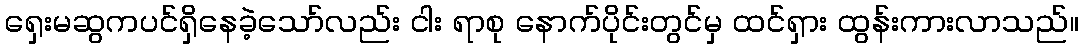
ရှေးမဆွကပင်ရှိနေခဲ့သော်လည်း ငါး ရာစု နောက်ပိုင်းတွင်မှ ထင်ရှား ထွန်းကားလာသည်။